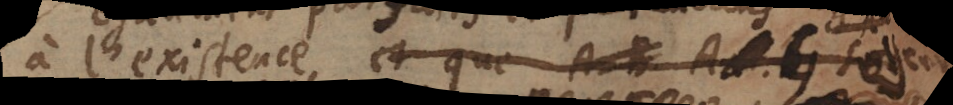
l’existence et que A, B _